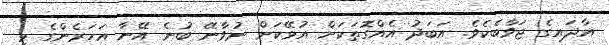
އާދައިގެ ޖަވާބެކެވެ. އަބަދު އެއްގޮތަކަށް އުޅޭކަށް ނުވާނޭ ބުނެ އޭނާ އަހަރެންގެ މި